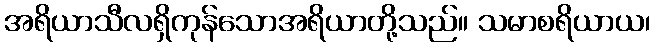
အရိယာသီလရှိကုန်သောအရိယာတို့သည်။ သမာစရိယာယ၊